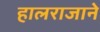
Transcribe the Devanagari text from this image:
हालराजाने